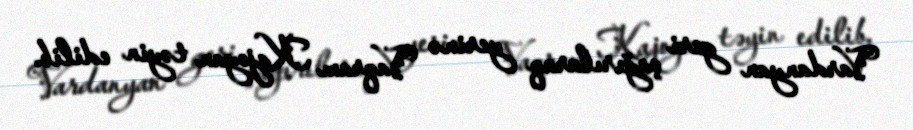
Vardanyan geri çağırılaraq yerinə Vaqram Kajoyan təyin edilib.